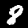
Label: 8